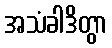
အသံခါဒိတွာ